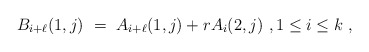
\begin{align*}B_{i+\ell }(1,j)\ =\ A_{i+\ell }(1,j)+ rA_i(2,j) \ , 1\leq i \leq k\ ,\end{align*}